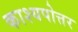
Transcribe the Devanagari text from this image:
काश्यपोत्तर